Report on sanitation, dispensaries, and jails in Rajputana for 1916, and on vaccination for the year 1916-1917 - 1916-1917
Year: 1916
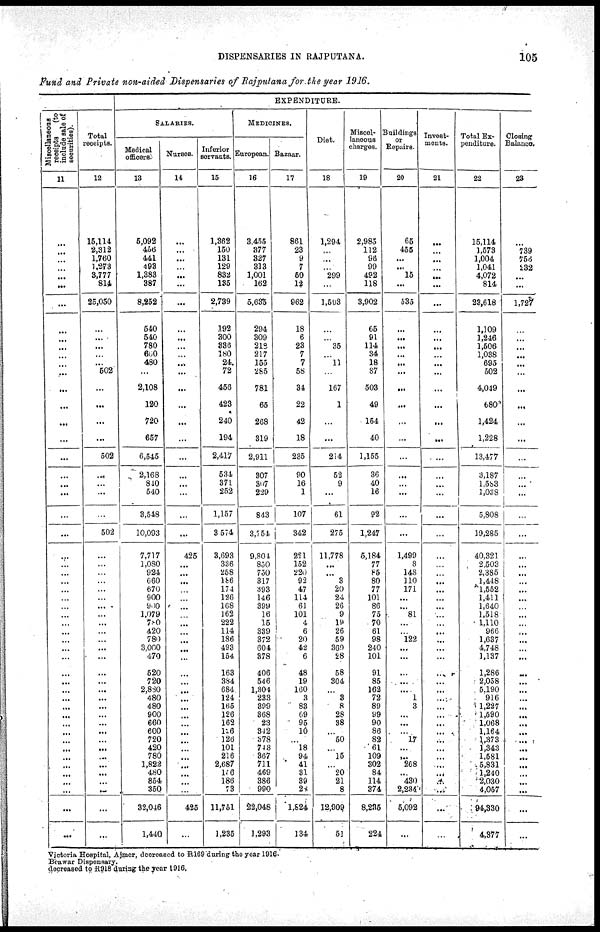
DISPENSARIES IN RAJPUTANA.
105
Fund and Private non-aided Dispensaries of Rajputana for the year 1916.
Miscellaneous
receipts
(to
include sale of
securities).
11
...
...
...
...
...
...
...
...
...
...
...
...
...
...
...
...
...
...
...
...
...
...
...
...
...
...
...
...
...
...
...
...
...
...
...
...
...
...
...
...
...
...
...
...
...
...
...
...
...
...
...
...
...
Total
receipts.
12
15,114
2,312
1,760
1,373
3,777
814
25,050
...
...
...
...
...
502
...
...
...
...
502
...
...
...
...
502
...
...
...
...
...
...
...
...
...
...
...
...
...
...
...
...
...
...
...
...
...
...
...
...
...
...
...
...
...
...
EXPENDITURE.
SALARIES.
Medical
officers.
13
5,092
456
441
493
1,383
387
8,252
540
540
780
600
480
...
2,108
120
720
657
6,545
2,168
810
540
3,548
10,093
7,717
1,080
924
660
670
900
900
1,079
780
420
780
3,000
470
520
720
2,880
480
480
900
660
600
720
420
780
1,822
480
854
350
32,046
1,440
Nurses.
14
...
...
...
...
...
...
...
...
...
...
...
...
...
...
...
...
...
...
...
...
...
...
...
425
...
...
...
...
...
...
...
...
...
...
...
...
...
...
...
...
...
...
...
...
...
...
...
...
...
...
...
425
...
Inferior
servants.
15
1,362
150
131
129
832
135
2,739
192
300
836
180
24
72
456
423
240
194
2,417
534
371
252
1,157
3,574
3,693
336
258
186
174
126
168
162
222
114
186
493
154
163
384
684
124
165
126
162
126
126
101
216
2,687
136
186
73
11,751
1,235
MEDICINES.
European.
16
3,455
377
327
313
1,001
162
5,635
294
309
218
217
155
285
781
65
268
319
2,911
307
307
229
843
3,754
9,804
850
750
317
393
146
399
16
15
339
372
601
378
406
546
1,304
233
399
368
23
342
378
743
367
711
469
386
990
22,048
1,293
Bazaar.
17
861
23
9
7
50
12
962
18
6
23
7
7
58
34
22
42
18
235
90
16
1
107
342
221
152
220
92
47
114
61
101
4
6
20
42
6
48
19
160
3
83
69
95
10
...
18
94
41
31
39
28
1,824
134
Diet.
18
1,294
...
...
...
299
...
1,593
...
...
35
...
11
...
167
1
...
...
214
52
9
...
61
275
11,778
...
...
3
20
24
26
9
19
26
59
369
28
58
304
...
8
8
28
38
...
50
...
15
...
20
21
8
12,909,
51
Miscel-
laneous
charges.
19
2,983
112
96
99
492
118
3,902
65
91
114
34
18
87
503
49
154
40
1,155
36
40
16
92
1,247
5,184
77
85
80
77
101
86
75
70
61
98
240
101
91
85
162
72
89
99
90
86
82
61
109
802
84
114
374
8,235
224
Buildings
or
Repaire.
20
65
455
...
...
15
...
535
...
...
...
...
...
...
...
...
...
...
...
...
...
...
...
...
1,499
8
148
110
171
...
...
81
...
...
122
...
...
...
...
...
1
3
...
...
...
17
...
...
268
...
430
2,234
5,092
...
Invest-
ments.
21
...
...
...
...
...
...
...
...
...
...
...
...
...
...
...
...
...
...
...
...
...
...
...
...
...
...
...
...
...
...
...
...
...
...
...
...
...
...
...
...
...
...
...
...
...
...
...
...
...
...
...
...
...
Total Ex-
penditure.
22
15,114
1,573
1,004
1,041
4,072
814
23,618
1,109
1,246
1,506
1,038
695
502
4,049
680
1,424
1,228
13,477
3,187
1,583
1,038
5,808
19,285
40,321
2,503
2,385
1,448
1,552
1,411
1,640
1,518
1,110
966
1,687
4,748
1,137
1,286
2,058
5,190
916
1,227
1,590
1,068
1,164
1,873
1,343
1,581
5,831
1,240
2,030
4,057
94,330
4,877
Closing
Balance.
23
...
739
756
232
...
...
1,727
...
...
...
...
...
...
...
...
...
...
...
...
...
...
...
...
...
...
...
...
...
...
...
...
...
...
...
...
...
...
...
...
...
...
...
...
...
...
...
...
...
...
...
...
...
...
Victoria Hospital, Ajmer, decreased to R169 during the year 1916.
Beawar Dispensary.
decreased to R918 during the year 1916.